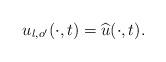
LaTeX: \begin{align*}u_{\l,o'}(\cdot,t)=\widehat{u}(\cdot,t).\end{align*}